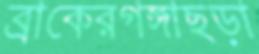
ব্রাকেরগঙ্গাছড়া